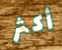
أكثر